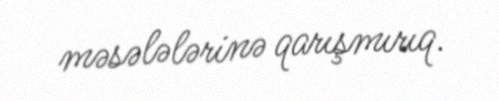
məsələlərinə qarışmırıq.